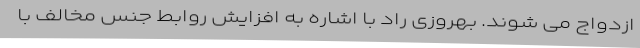
ازدواج می شوند. بهروزی راد با اشاره به افزایش روابط جنس مخالف با